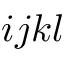
i j k l